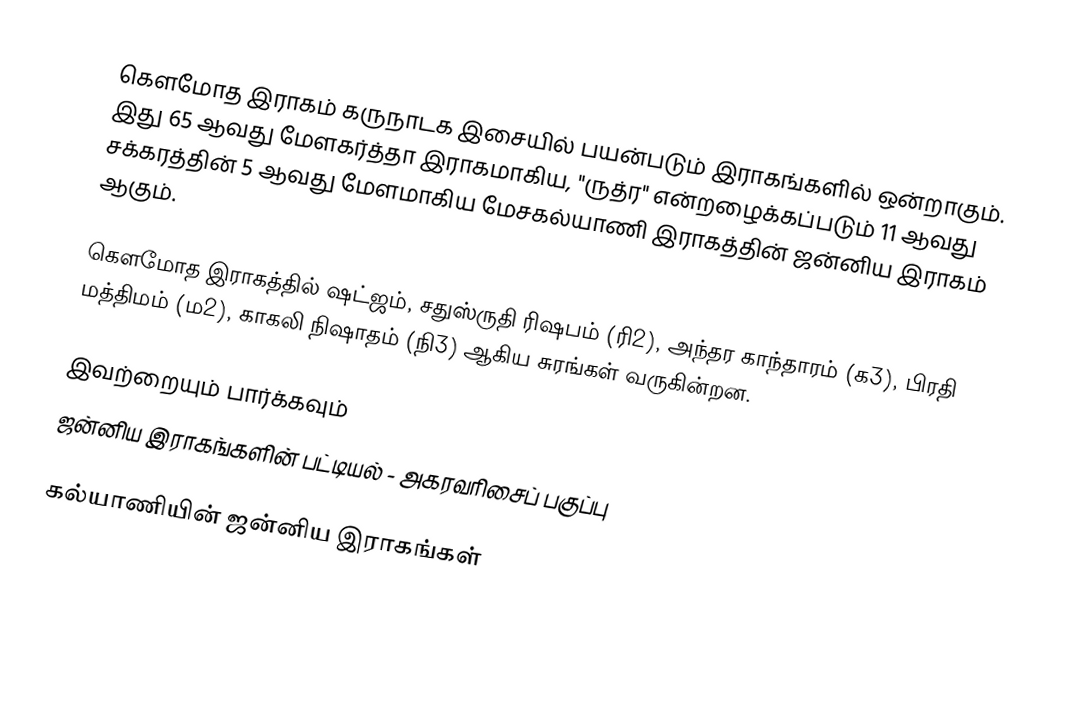
கௌமோத இராகம் கருநாடக இசையில் பயன்படும் இராகங்களில் ஒன்றாகும். இது 65 ஆவது மேளகர்த்தா இராகமாகிய, "ருத்ர" என்றழைக்கப்படும் 11 ஆவது சக்கரத்தின் 5 ஆவது மேளமாகிய மேசகல்யாணி இராகத்தின் ஜன்னிய இராகம் ஆகும்.

கௌமோத இராகத்தில் ஷட்ஜம், சதுஸ்ருதி ரிஷபம் (ரி2),  அந்தர காந்தாரம் (க3), பிரதி மத்திமம் (ம2), காகலி நிஷாதம்  (நி3) ஆகிய சுரங்கள் வருகின்றன.

இவற்றையும் பார்க்கவும்
 ஜன்னிய இராகங்களின் பட்டியல் - அகரவரிசைப் பகுப்பு

கல்யாணியின் ஜன்னிய இராகங்கள்